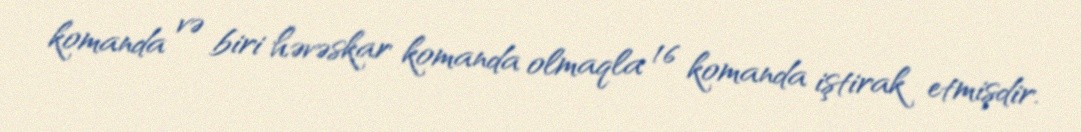
komanda və biri həvəskar komanda olmaqla 16 komanda iştirak etmişdir.